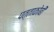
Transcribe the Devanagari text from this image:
पत्ताकोबी